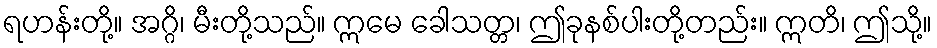
ရဟန်းတို့။ အဂ္ဂိ၊ မီးတို့သည်။ ဣမေ ခေါသတ္တ၊ ဤခုနစ်ပါးတို့တည်း။ ဣတိ၊ ဤသို့။